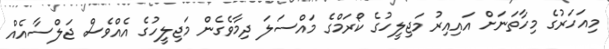
މިއަހަރުގެ މިހާތަނަށް އައިއިރު މަޖިލީހުގެ ކޯރަމްގެ މައްސަލަ ދިމާވެގެން މަޖިލީހުގެ އެއްވެސް ޖަލްސާއެއް